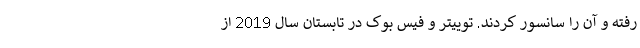
رفته و آن را سانسور کردند. توییتر و فیس بوک در تابستان سال 2019 از